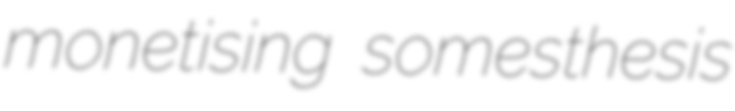
monetising somesthesis